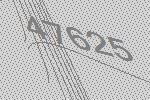
47625